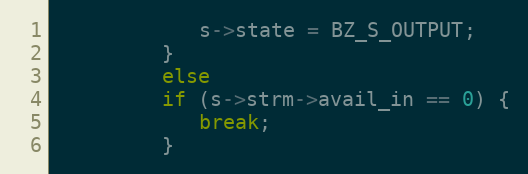
Language: C
            s->state = BZ_S_OUTPUT;
         }
         else
         if (s->strm->avail_in == 0) {
            break;
         }